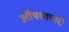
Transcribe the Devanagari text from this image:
औषधाचारी